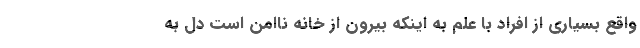
واقع بسیاری از افراد با علم به اینکه بیرون از خانه ناامن است دل به